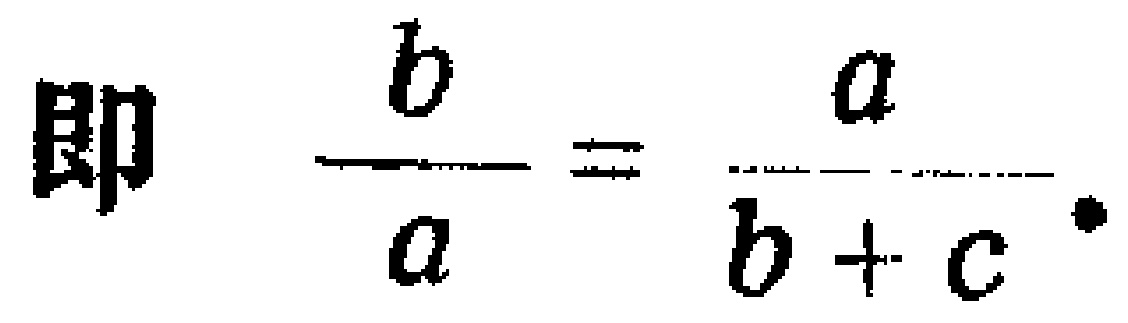
即 $\frac{b}{a}=\frac{a}{b + c}$.